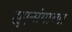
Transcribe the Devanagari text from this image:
ह्युएन्संगाच्या